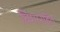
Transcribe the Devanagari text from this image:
बिमारहित